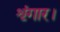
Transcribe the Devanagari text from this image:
शृंगार।